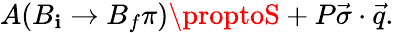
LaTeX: A({B}_{\mathbf{i}}\rightarrow{B}_{f}\pi)\proptoS+P\vec{{\sigma}}\cdot\vec{{q}}.